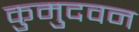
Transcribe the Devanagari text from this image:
कुमुदवन